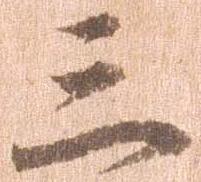
三